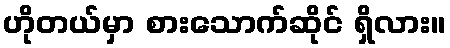
ဟိုတယ်မှာ စားသောက်ဆိုင် ရှိလား။